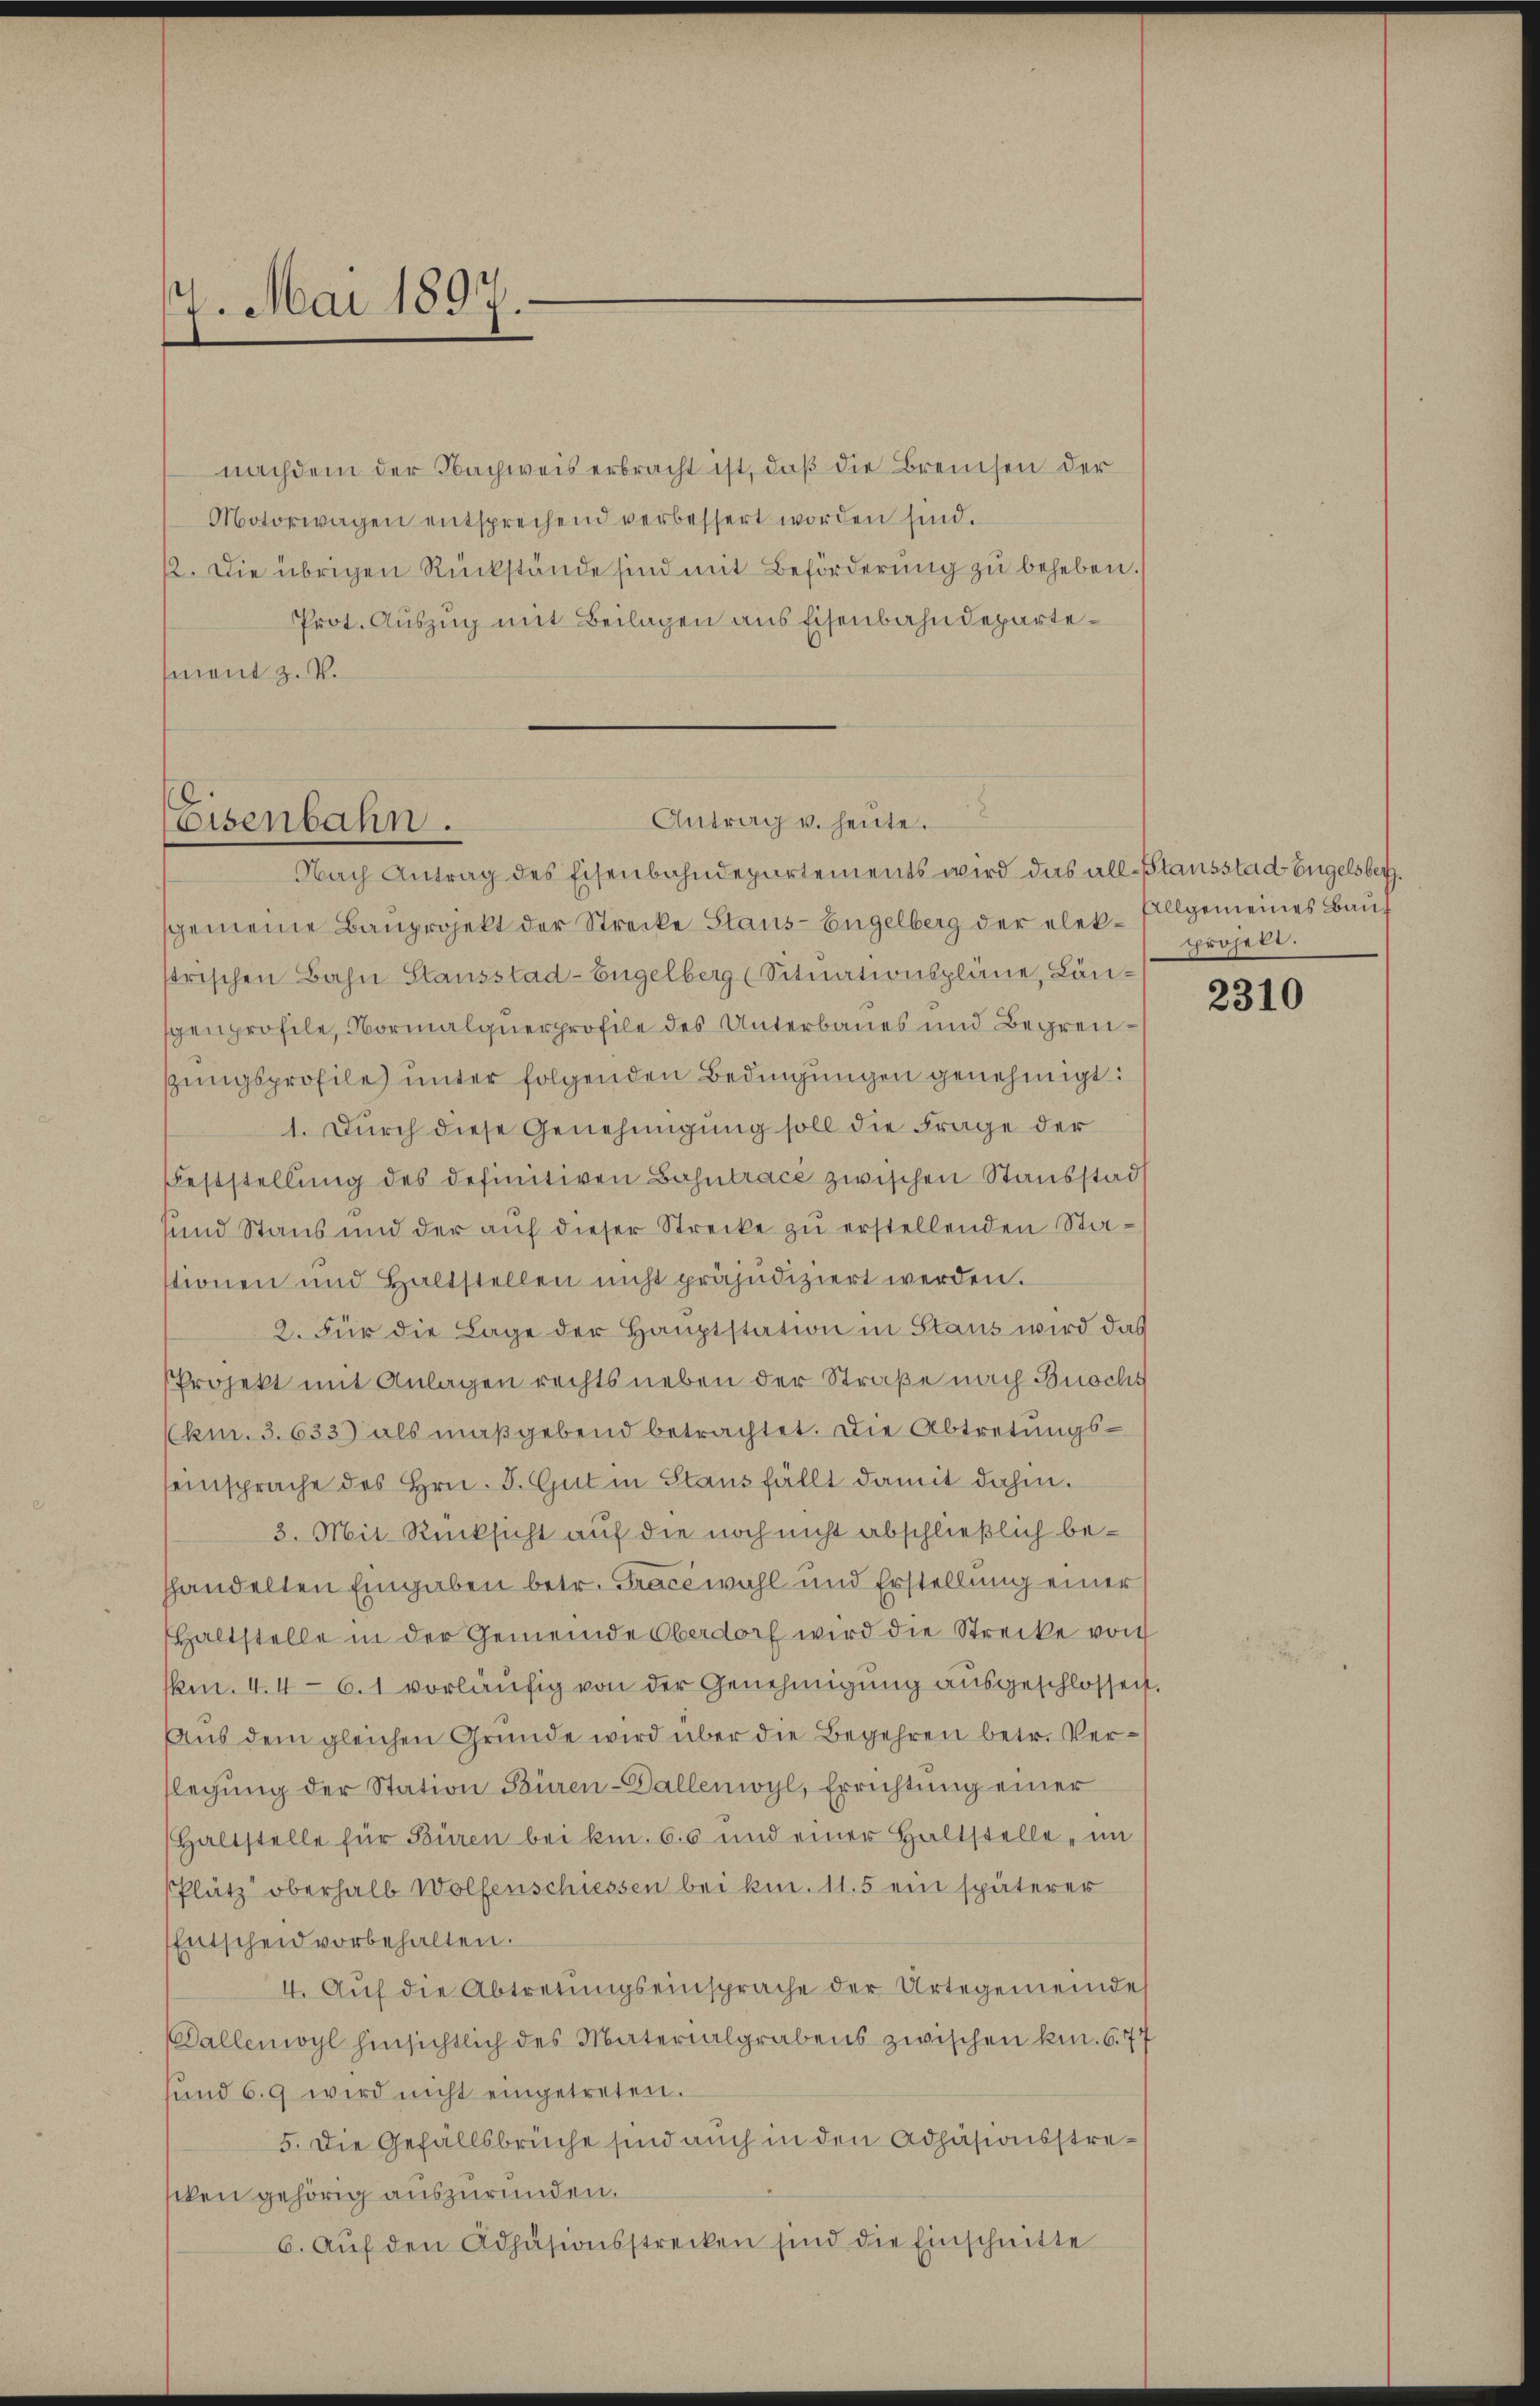
7. Mai 1897.

nachdem der Nachweis erbracht ist, daß die Breisen der
Motorwagen entsprechend verbessert worden sind.
12. Die übrigen Rückstände sind mit Beförderung zu beheben.)
Prot. Auszug mit Beilagen aus Eisenbahndepartement z. V.

Nach Antrag des Eisenbahndepartements wird das all-Stausstad Engelsbersgemeine Bauprojekt der Strecke Stans-Engelberg der elek. Allgemeines Baus
strischen Bahn Stausstad-Engelberg (Situationspläne, Längenprofile, Normalquerprofile des Unterbaues und Begrensungsprofile) unter folgenden Bedingungen genehmigt:
1. Durch diese Genehmigung soll die Frage der
Feststellŭng des definitiven Bahntracé zwischen Staubstadt
und Staub und der auf dieser Strecke zu erstellenden Stastionen und haltstellen nicht präjudiziert werden.
2. Für die Lage der Hauptstation in Staus wird das
Projekt mit Anlagen rechts neben der Straße nach Buochs
(Am. 3. 633. als maßgebend betrachtet. Die Abtretungsseinsprache des Hrn. J. Gut in Staus fällt damit dahin.
3. Mit Rücksicht auf die noch nicht abschließlich behhandelten Eingaben betr. Trace wahl und Erstellung einer
Haltstelle in der Gemeinde Oberdorf wird die Strecke von
ken. 4.4 - 6. 1 vorläufig von der Genehmigung ausgeschlossen,
Aus dem gleichen Grunde wird über die Begehren betr. Verflegung der Station Büren-Dallenwyl, Errichtung einer
Haltstelle für Büren bei kn. 65 und einer haltstelle, in
Plätz oberhalb Wolfenschiessen bei kn. 115 ein späterer
Entscheid vorbehalten.
4. Auf die Abtretungseinsprache der Urtegemeinde
Dallenwyl hinsichtlich des Materialgrabens zwischen kn. 6. 77
sŭnd 6.9 wird nicht eingetreten.
5. Die Gefällsbrüche sind auch in den Adjäsionsstreicken gehörig auszuründen.
6. Aŭf den Adhäsionsstrecken sind die Einschnitte

Antrag u. heute.
Eisenbahn.

prösel.

2310